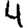
Digit: 4